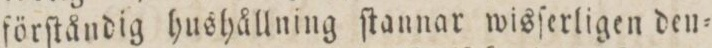
förſtåndig hushållning ſtannar wisſerligen den=